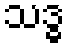
သဒ္ဓ